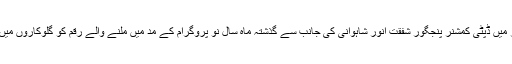
تقریب کے آخر میں ڈپٹی کمشنر پنجگور شفقت انور شاہوانی کی جانب سے گذشتہ ماہ سال نو پروگرام کے مد میں ملنے والے رقم کو گلوکاروں میں تقسیم کی گئی۔